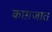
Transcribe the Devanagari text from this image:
काग़जात